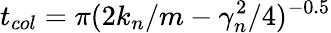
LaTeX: t_{col}=\pi(2k_{n}/m-\gamma_{n}^{2}/4)^{-0.5}